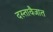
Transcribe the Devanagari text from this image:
दस्तावैजात